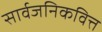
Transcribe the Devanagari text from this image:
सार्वजनिकवित्त